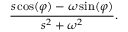
{ \frac { s \cos ( \varphi ) - \omega \sin ( \varphi ) } { s ^ { 2 } + \omega ^ { 2 } } } .